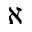
\aleph